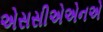
એસસીએએનએ